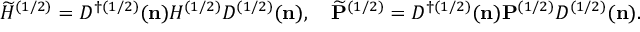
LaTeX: \widetilde { H } ^ { ( 1 / 2 ) } = D ^ { \dag ( 1 / 2 ) } ( { \bf n } ) { H } ^ { ( 1 / 2 ) } D ^ { ( 1 / 2 ) } ( { \bf n } ) , \quad \widetilde { \bf P } ^ { ( 1 / 2 ) } = D ^ { \dag ( 1 / 2 ) } ( { \bf n } ) { \bf P } ^ { ( 1 / 2 ) } D ^ { ( 1 / 2 ) } ( { \bf n } ) .